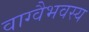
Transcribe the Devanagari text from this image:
वाग्वैभवस्य